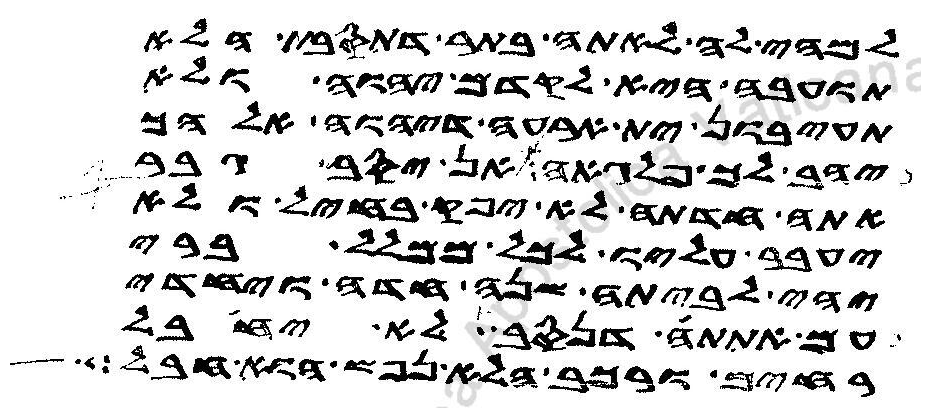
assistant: למהי לה לאתה בתר דתסבת הלא
תועבה היא לקדם יהוה ולא
תעיבון ית ארעה דיהוה אלהך
יהב לך פלגאה אן יסב גבר
אתה חדתה לא יפק בחיל ולא
יעבר עליו לכל ממלל ברי
יהי לביתה שנה חדה ויחדי
עם אתתה דנסב לא יחבל
רחים ורכב הלא נפש הוא חבל